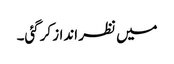
میں نظر انداز کرگئی۔